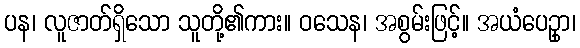
ပန၊ လူဇာတ်ရှိသော သူတို့၏ကား။ ဝသေန၊ အစွမ်းဖြင့်။ အယံပေဥှာ၊